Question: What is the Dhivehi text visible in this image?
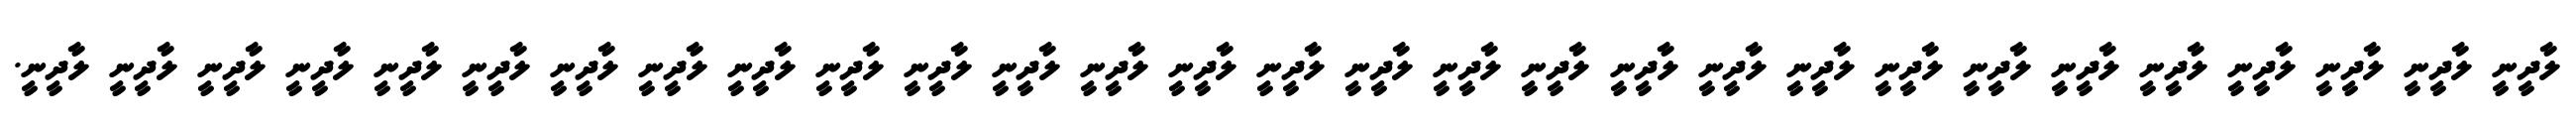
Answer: ލާދީނީ ލާދީނީ ލާދީނީ ލާދީނީ ލާދީނީ ލާދީނީ ލާދީނީ ލާދީނީ ލާދީނީ ލާދީނީ ލާދީނީ ލާދީނީ ލާދީނީ ލާދީނީ ލާދީނީ ލާދީނީ ލާދީނީ ލާދީނީ ލާދީނީ ލާދީނީ ލާދީނީ ލާދީނީ ލާދީނީ ލާދީނީ ލާދީނީ ލާދީނީ ލާދީނީ ލާދީނީ ލާދީނީ.